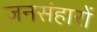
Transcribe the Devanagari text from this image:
जनसंहारों